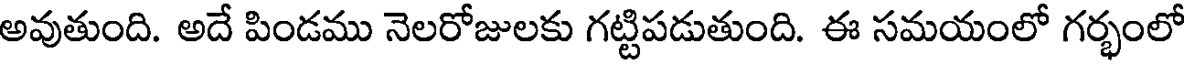
అవుతుంది. అదే పిండము నెలరోజులకు గట్టిపడుతుంది. ఈ సమయంలో గర్భంలో